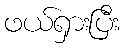
ဖယ်ရှားပြီး